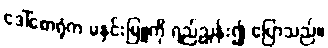
ဒေါ်စောရုံက မနှင်းမြူကို ရည်ညွှန်း၍ ပြောသည်။